Civil Veterinary Dept. Bombay admin report 1900-1906 - 1900-1906
Year: 1900
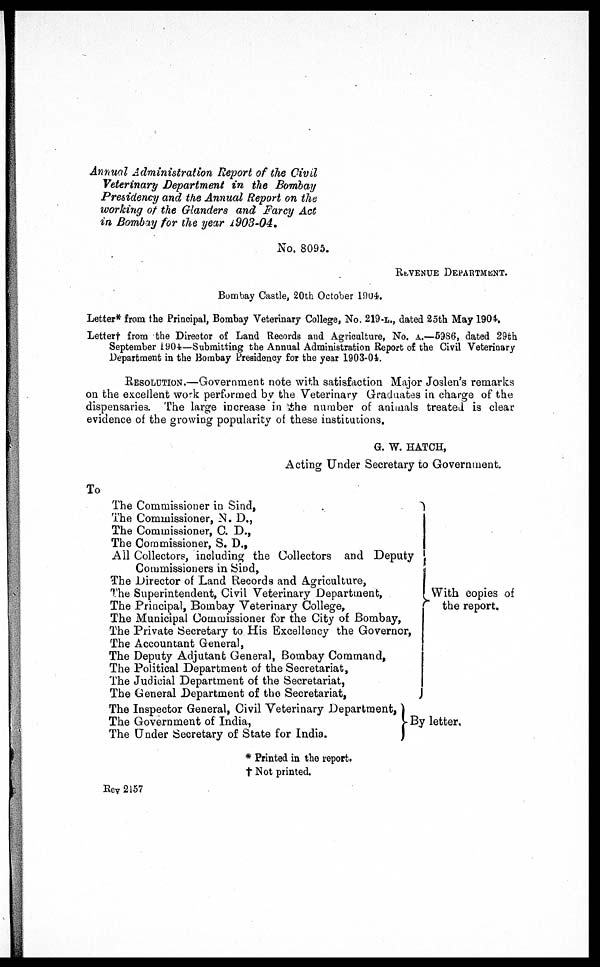
Annual Administration Report of the Civil
Veterinary Department in the Bombay
Presidency and the Annual Report on the
working of the Glanders and Farcy Act
in Bombay for the year 1903-04.
No. 8095.
REVENUE DEPARTMENT.
Bombay Castle, 20th October 1904.
Letter* from the Principal, Bombay Veterinary College, No. 219-L., dated 25th May 1904.
Letter† from the Director of Land Records and Agriculture, No. A.—5986, dated 29th
September 1904—Submitting the Annual Administration Report of the Civil Veterinary
Department in the Bombay Presidency for the year 1903-04.
RESOLUTION.—Government note with satisfaction Major Joslen's remarks
on the excellent work performed by the Veterinary Graduates in charge of the
dispensaries. The large increase in the number of animals treated is clear
evidence of the growing popularity of these institutions.
G. W. HATCH,
Acting Under Secretary to Government.
To
The Commissioner in Sind,
The Commissioner, N. D.,
The Commissioner, C. D.,
The Commissioner, S. D.,
All Collectors, including the Collectors and Deputy
Commissioners in Sind,
The Director of Land Records and Agriculture,
The Superintendent, Civil Veterinary Department,
The Principal, Bombay Veterinary College,
The Municipal Commissioner for the City of Bombay,
With copies of
the report.
The Private Secretary to His Excellency the Governor,
The Accountant General,
The Deputy Adjutant General, Bombay Command,
The Political Department of the Secretariat,
The Judicial Department of the Secretariat,
The General Department of the Secretariat,
The Inspector General, Civil Veterinary Department,
The Government of India,
The Under Secretary of State for India.
By letter.
* Printed in the report.
† Not printed.
Rev 2157